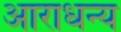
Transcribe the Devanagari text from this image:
आराधन्य